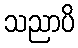
သညာပိ